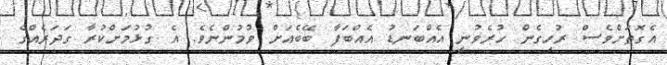
އެގޮތަށްވެސް ރުހިގެން ހުރެވުނީ އެއްބަނޑު އެއްބަފާ ބޭބެއަށް ވުމުންނެވެ. އެ ގުޅުމަށްކުރާ ގަދަރެއްގެ